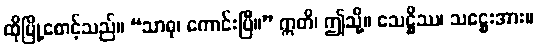
ထိုမြို့စောင့်သည်။ “သာဓု၊ ကောင်းပြီ။” ဣတိ၊ ဤသို့။ သေဋ္ဌိဿ၊ သဋ္ဌေးအား။